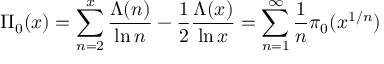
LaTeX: \Pi _ { 0 } ( x ) = \sum _ { n = 2 } ^ { x } { \frac { \Lambda ( n ) } { \ln n } } - { \frac { 1 } { 2 } } { \frac { \Lambda ( x ) } { \ln x } } = \sum _ { n = 1 } ^ { \infty } { \frac { 1 } { n } } \pi _ { 0 } ( x ^ { 1 / n } )